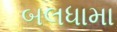
બલધામા